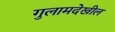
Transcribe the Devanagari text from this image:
गुलामदेखील